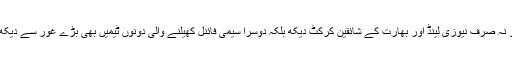
اس میچ کو نہ صرف نیوزی لینڈ اور بھارت کے شائقین کرکٹ دیکھ بلکہ دوسرا سیمی فائنل کھیلنے والی دونوں ٹیمیں بھی بڑے غور سے دیکھ رہی تھی۔